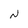
Character: N